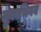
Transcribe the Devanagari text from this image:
मुकाभिनय